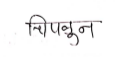
मजकूर: चिपळून